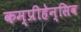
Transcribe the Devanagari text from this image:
कम्प्रीहेन्सिव